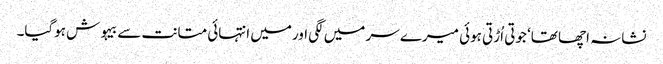
نشانہ اچھا تھا‘ جوتی اُڑتی ہوئی میرے سر میں لگی اورمیں انتہائی متانت سے بیہوش ہوگیا۔